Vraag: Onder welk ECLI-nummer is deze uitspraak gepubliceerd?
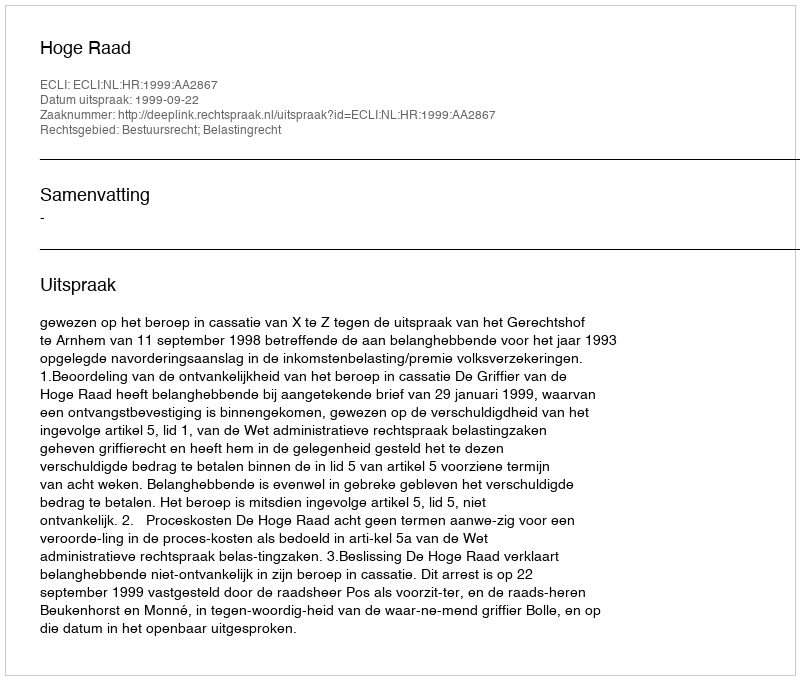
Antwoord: ECLI:NL:HR:1999:AA2867